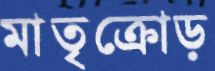
মাতৃক্রোড়